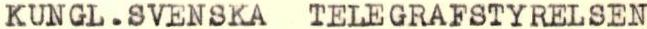
KUNGL.SVENSKA.TELEGRAFSTYRELSEN